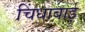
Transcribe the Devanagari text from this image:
चिंधाबाई